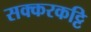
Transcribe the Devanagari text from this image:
सक्करकट्टि